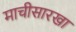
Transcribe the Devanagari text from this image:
माचीसारखा